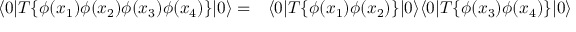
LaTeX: \begin{array} { r l } { \langle 0 | T \{ \phi ( x _ { 1 } ) \phi ( x _ { 2 } ) \phi ( x _ { 3 } ) \phi ( x _ { 4 } ) \} | 0 \rangle = } & { { } \langle 0 | T \{ \phi ( x _ { 1 } ) \phi ( x _ { 2 } ) \} | 0 \rangle \langle 0 | T \{ \phi ( x _ { 3 } ) \phi ( x _ { 4 } ) \} | 0 \rangle } \end{array}